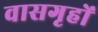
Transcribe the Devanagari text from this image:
वासगृहों